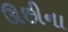
ઊછીના